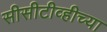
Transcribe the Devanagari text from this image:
सीसीटीव्हीच्या